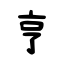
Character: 亨